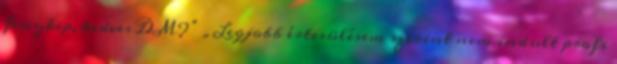
fenykep, kedves DM?” „Legjobb értesülésem szerint nem indult profi